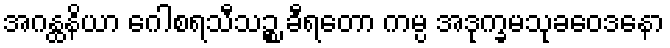
အဂန္ထနိယာ ဂေါစရသီသဉ္စ ခီရတော ကမ္ပ အဒုက္ခမသုခဝေဒနော